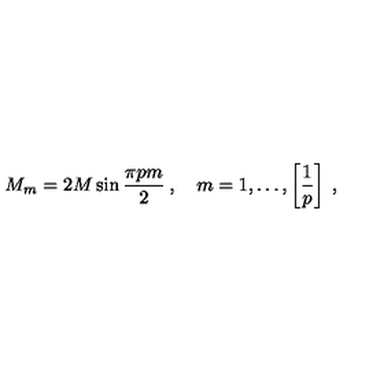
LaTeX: M _ { m } = 2 M \sin \frac { \pi p m } { 2 } \: , \quad m = 1 , \ldots , \left[ \frac { 1 } { p } \right] \: ,